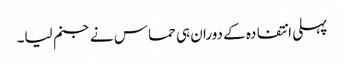
پہلی انتفادہ کے دوران ہی حماس نے جنم لیا۔